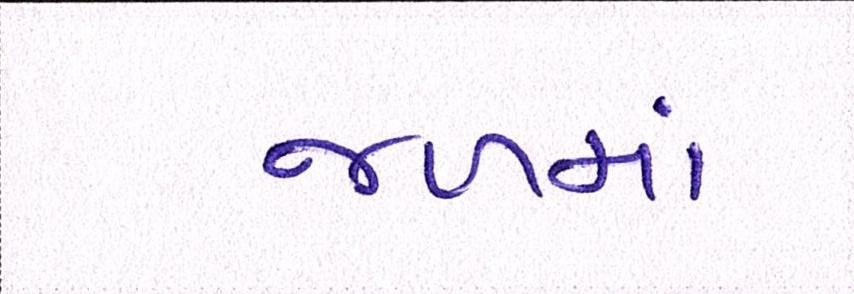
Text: જળમાં